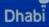
dhabi